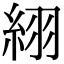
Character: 䋚